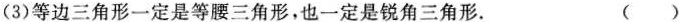
(3)等边三角形一定是等腰三角形，也一定是锐角三角形。 ()